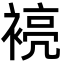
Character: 𮖞